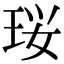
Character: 珱